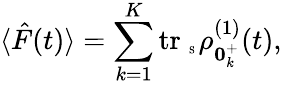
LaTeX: \langle\hat{F}(t)\rangle=\sum_{k=1}^{K}\mathrm{tr}_{\mathrm{~\tiny~S~}}\rho_{{\mathbf 0}_{k}^{+}}^{(1)}(t),